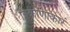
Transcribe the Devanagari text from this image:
त्रिकोणाकारं